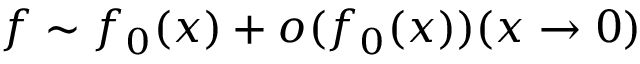
f \sim f _ { 0 } ( x ) + o ( f _ { 0 } ( x ) ) ( x \rightarrow 0 )